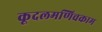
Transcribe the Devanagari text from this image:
कूदलमणिचकाम